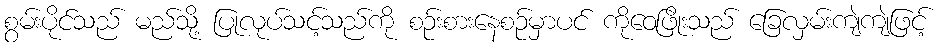
စွမ်းပိုင်သည် မည်သို့ ပြုလုပ်သင့်သည်ကို စဉ်းစားနေစဉ်မှာပင် ကိုဝေဖြိုးသည် ခြေလှမ်းကျဲကျဲဖြင့်